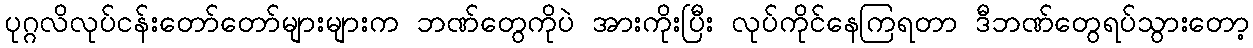
ပုဂ္ဂလိလုပ်ငန်းတော်တော်များများက ဘဏ်တွေကိုပဲ အားကိုးပြီး လုပ်ကိုင်နေကြရတာ ဒီဘဏ်တွေရပ်သွားတော့